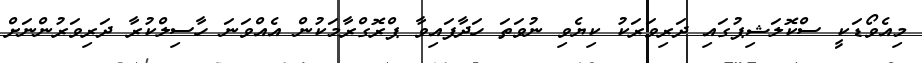
މިއެވޯޑަކީ ސްކޮލަޝިޕުގައި ދަރިވަރަކު ކިޔެވި ނުވަތަ ހަދާފައިވާ ޕްރޮގްރާމަކުން އެއްވަނަ ހާސިލްކުރާ ދަރިވަރުންނަށް